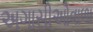
અગાસીઓવાળા